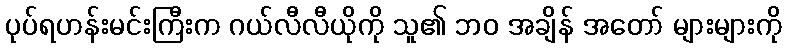
ပုပ်ရဟန်းမင်းကြီးက ဂယ်လီလီယိုကို သူ၏ ဘဝ အချိန် အတော် များများကို